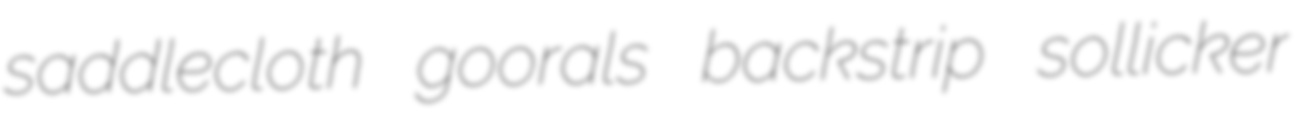
saddlecloth goorals backstrip sollicker